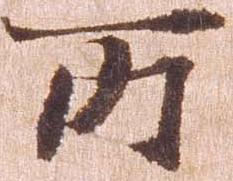
所